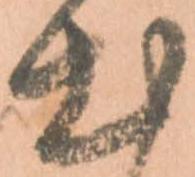
出